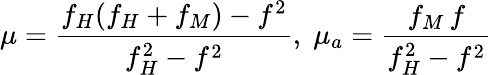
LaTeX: \mu=\frac{f_{H}(f_{H}+f_{M})-f^{2}}{f_{H}^{2}-f^{2}},\; \mu_{a}=\frac{f_{M}\, f}{f_{H}^{2}-f^{2}}